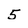
Character: 5